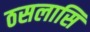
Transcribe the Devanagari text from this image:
ठसलासि